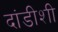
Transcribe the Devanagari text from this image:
दांडीशी